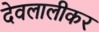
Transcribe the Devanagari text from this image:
देवलालीकर